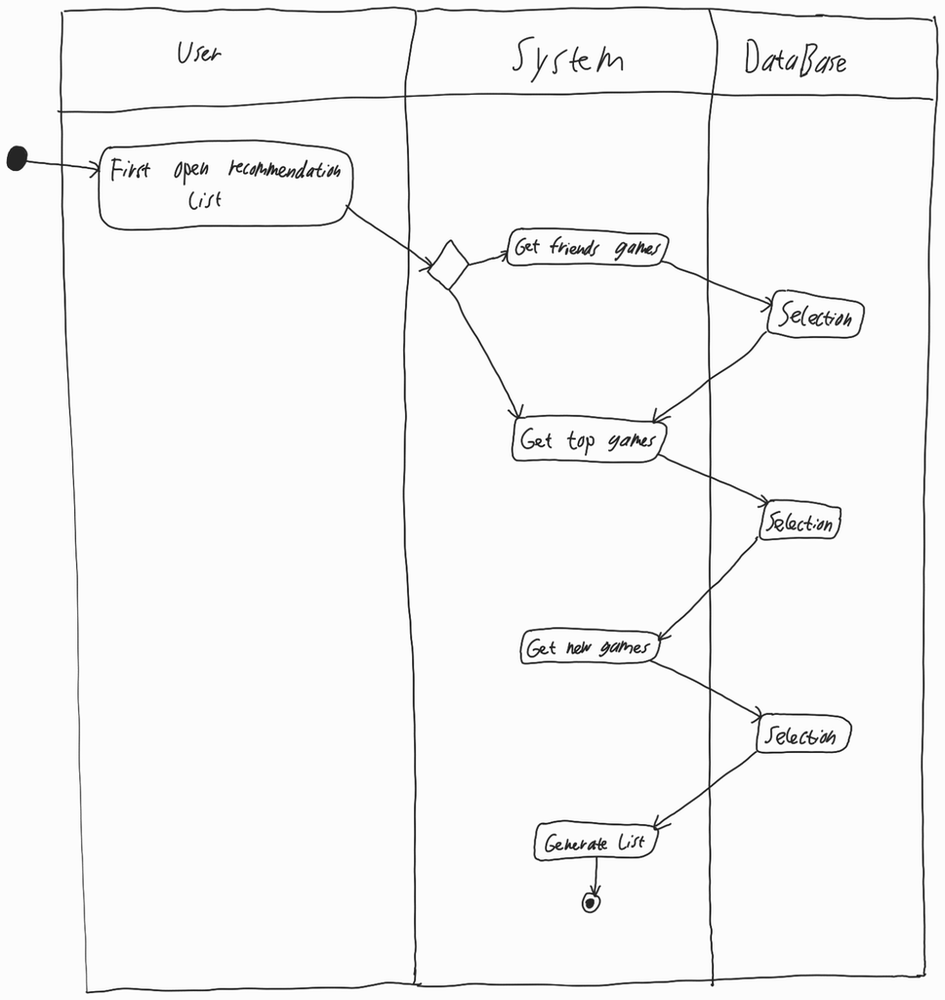
Diagram type: activity_diagram
```plantuml
@startuml

|User|

start

:First open recommendation list;

|System|

if ()
  :Get friends games;
  |DataBase|
  :Selection;
endif

|System|

:Get top games;

|DataBase|
:Selection;

|System|

:Get new games;

|DataBase|
:Selection;

|System|

:Generate list;

stop

@enduml
```